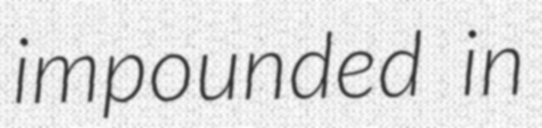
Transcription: impounded in